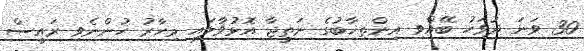
30 ވަނަ ދުވަހު ބޭއްވި އިންތިޚާބުގެ ނަތީޖާ އޮޅުުވާލައި މިހާރު ހުންނެވި ރައީސް